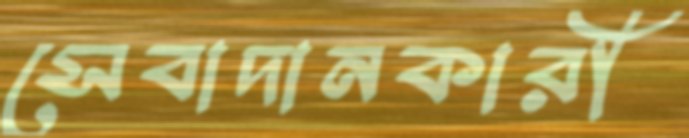
সেবাদানকারী